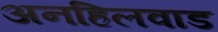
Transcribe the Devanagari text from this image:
अनहिलवाड